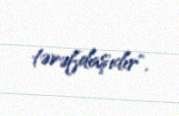
tərəfdaşıdır".